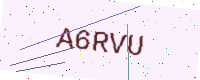
Text: A6RVU